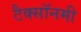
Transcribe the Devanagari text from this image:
टैक्सॉनमी